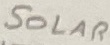
Text: SOLAR